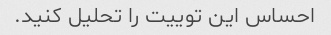
احساس این توییت را تحلیل کنید.